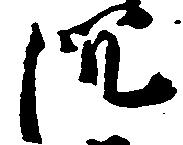
沈